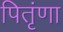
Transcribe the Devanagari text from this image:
पितृंणा